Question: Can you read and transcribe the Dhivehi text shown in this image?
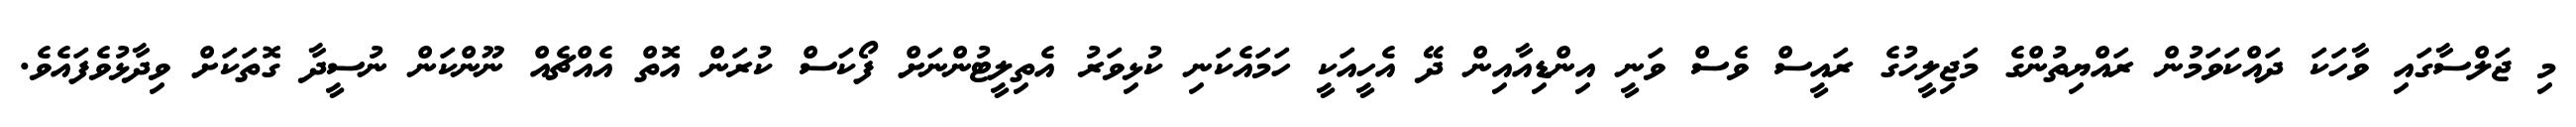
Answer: މި ޖަލްސާގައި ވާހަކަ ދައްކަވަމުން ރައްޔިތުންގެ މަޖިލީހުގެ ރައީސް ވެސް ވަނީ އިންޑިއާއިން ދޭ އެހީއަކީ ހަމައެކަނި ކުޅިވަރު އެތިލީޓުންނަށް ފޯކަސް ކުރަން އޮތް އެއްޗެއް ނޫންކަން ނުސީދާ ގޮތަކަށް ވިދާޅުވެފައެވެ.